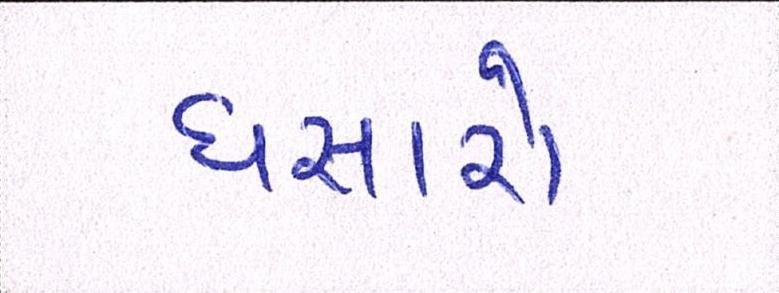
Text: ધસારો